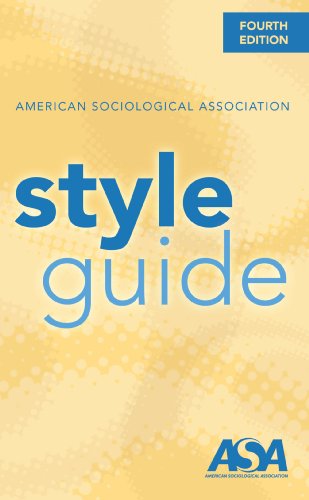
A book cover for American Sociological Association Style Guide; American Sociological Association; Politics & Social Sciences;